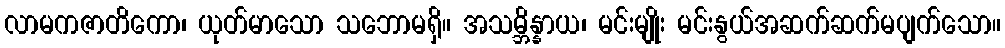
လာမကဇာတိကော၊ ယုတ်မာသော သဘောမရှိ။ အသမ္ဘိန္နာယ၊ မင်းမျိုး မင်းနွယ်အဆက်ဆက်မပျက်သော။